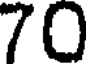
70